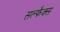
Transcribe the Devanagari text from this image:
सल्फैक्स